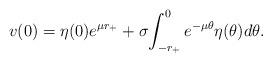
LaTeX: \begin{align*} v(0)= \eta(0)e^{\mu r_+} + \sigma \! \int_{-r_+}^{0} {e^{-\mu \theta}\eta(\theta)d\theta}.\end{align*}